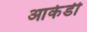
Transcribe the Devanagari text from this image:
आर्केडी